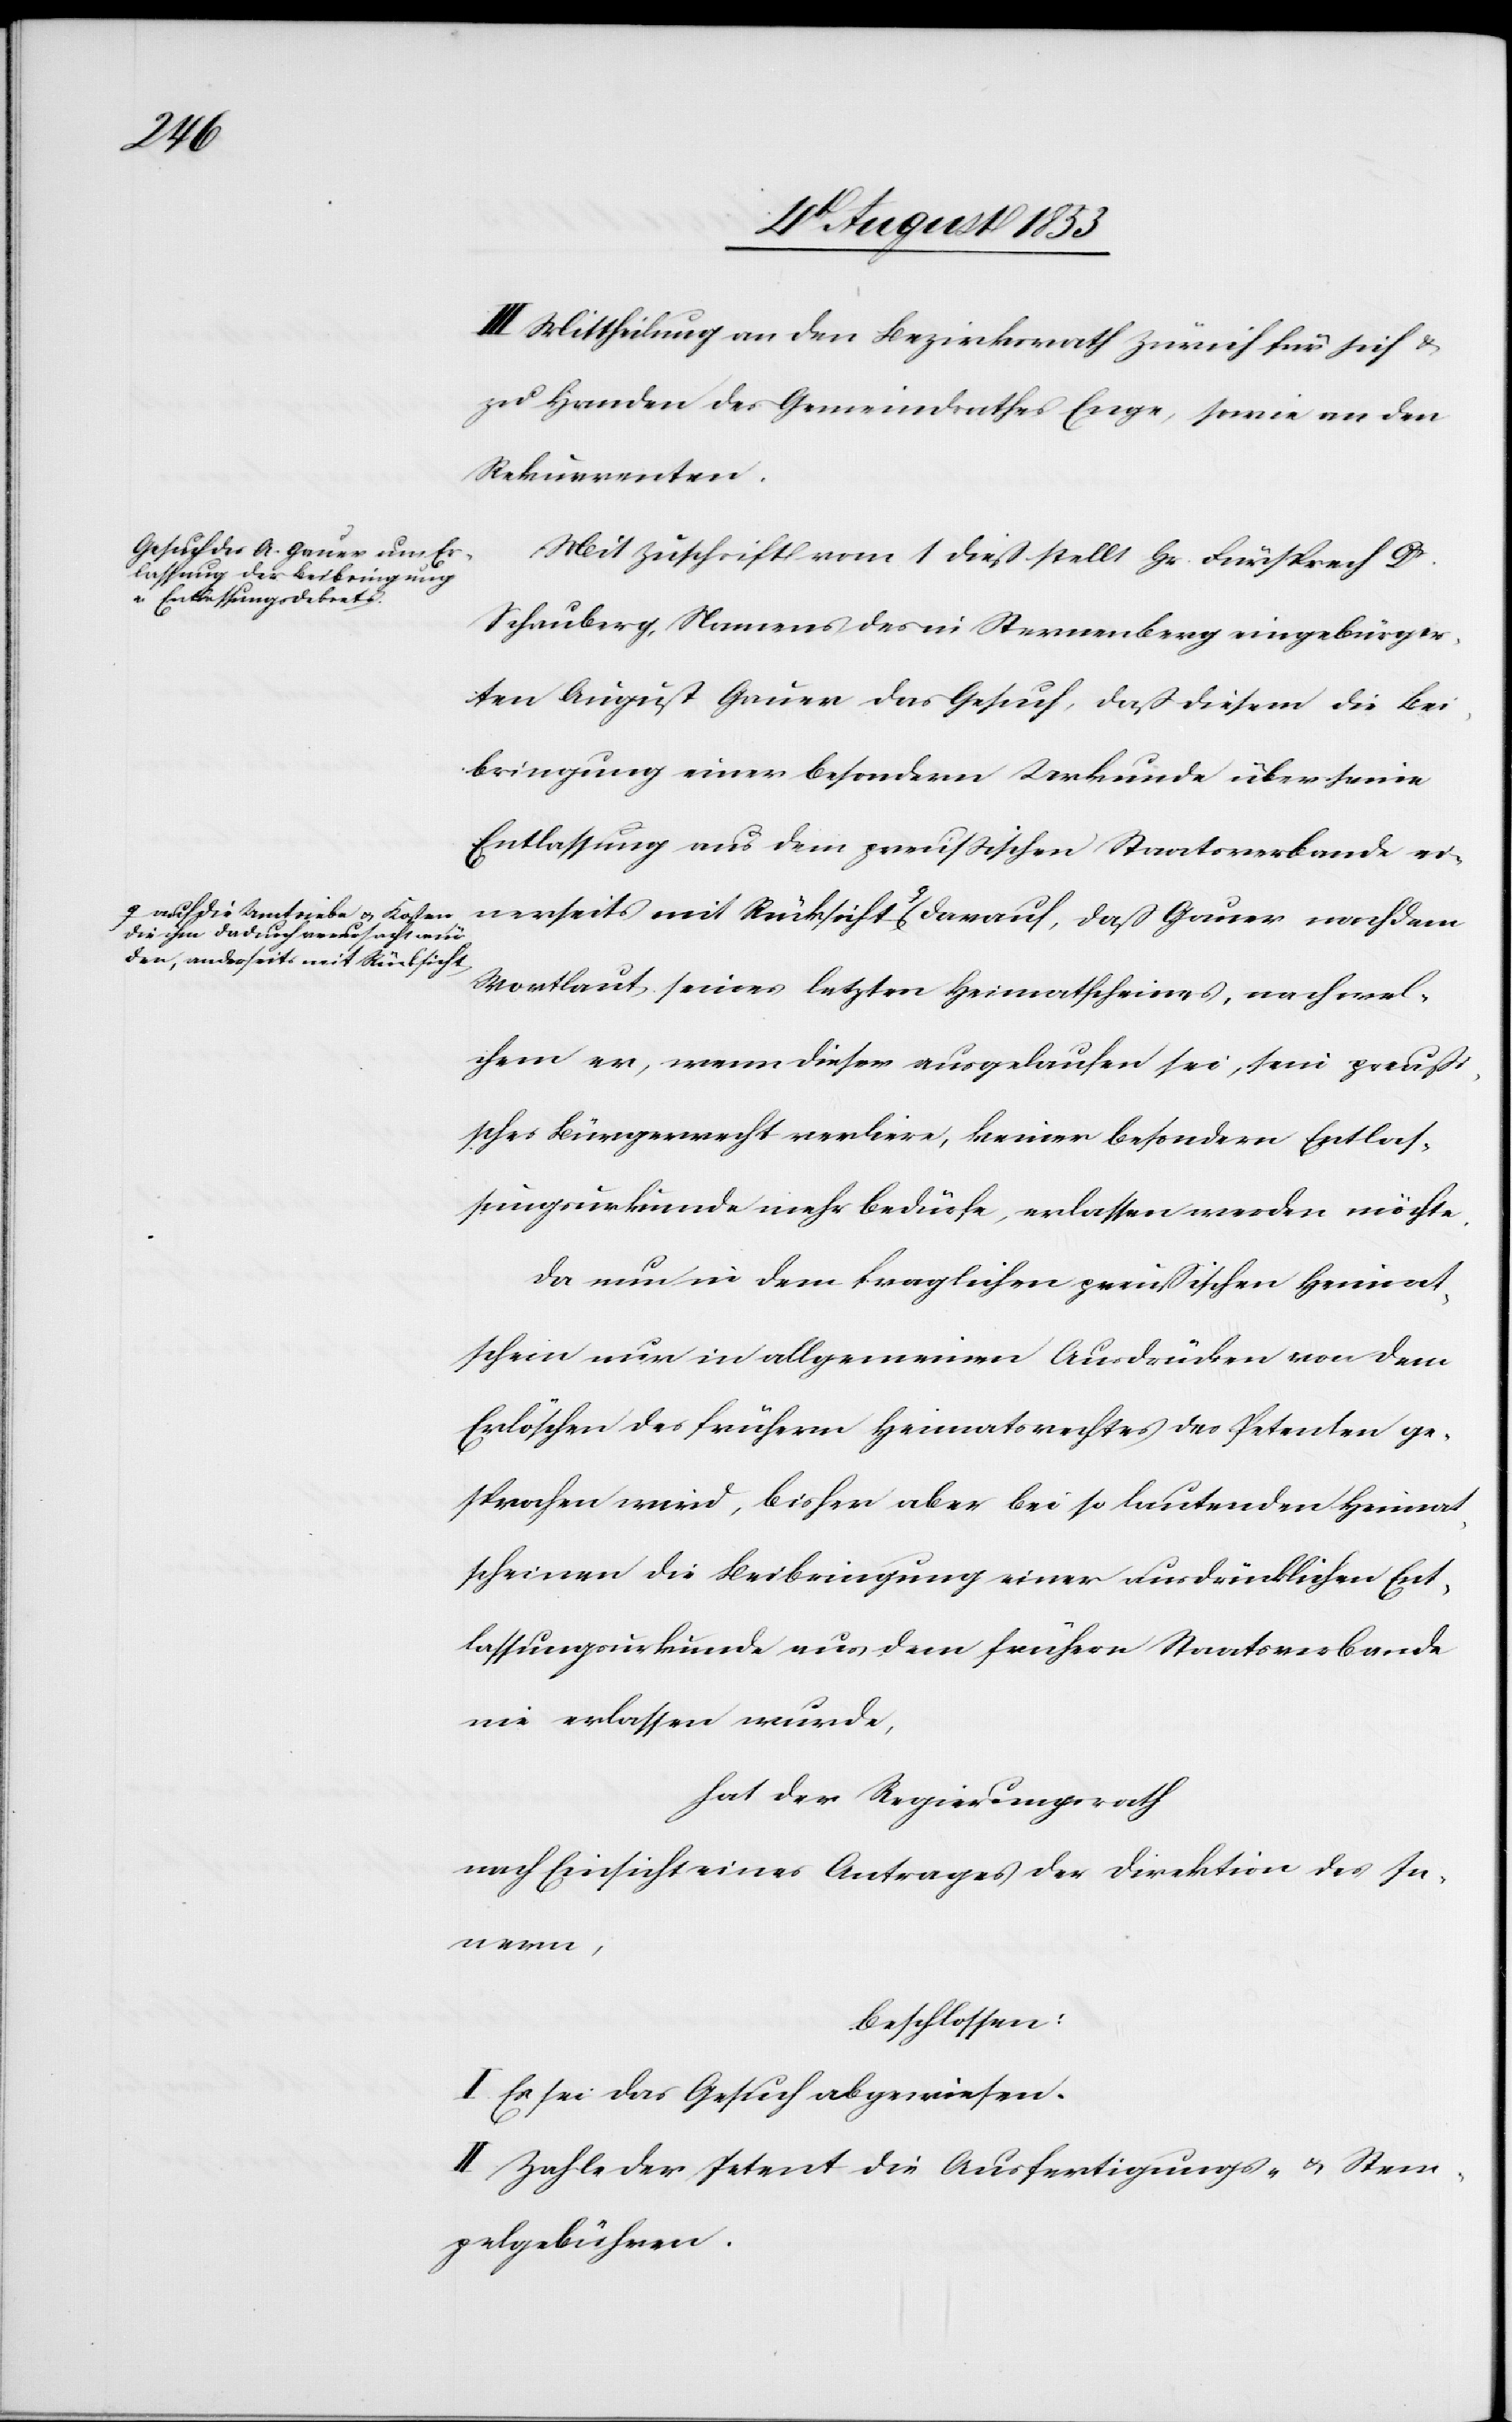
die ihm dadurch verursacht wurden,

III. Mittheilung an den Bezirksrath Zürich für sich u.
zu Handen des Gemeindrathes Enge, sowie an den
Rekurrenten.
Mit Zuschrift vom 1 dieß stellt Hr. Fürsprech Dr
Schauberg, Namens des in Sternenberg eingebürger¬
ten August Gauer das Gesuch, daß diesem die Bei¬
bringung einer besondern Urkunde über seine
Entlassung aus dem preußischen Staatsverbande ei¬
anderseits mit Rücksicht darauf, daß Gauer nach dem
Wortlaut seines letztern Heimathscheins, nach wel¬
chem er, wenn dieser ausgelaufen sei, sein preußi¬
sches Bürgerrecht verliere, keiner besondern Entlas¬
sungsurkunde mehr bedürfe, erlassen werden möchte.
Da nun in dem fraglichen preußischen Heimath¬
schein nur in allgemeinen Ausdrücken von dem
Erlöschen des frühern Heimatrechtes des Petenten ge¬
sprochen wird, bisher aber bei so lautenden Heimat¬
scheinen die Beibringung einer ausdrücklichen Ent¬
lassungsurkunde aus dem frühern Staatsverbande
nie erlassen wurde,
hat der Regierungsrath
nach Einsicht eines Antrages der Direktion des In¬
nern,
beschlossen:
I. Es sei das Gesuch abgewiesen,
II. Zahle der Petent die Ausfertigungs- u. Stem¬
pelgebühren.